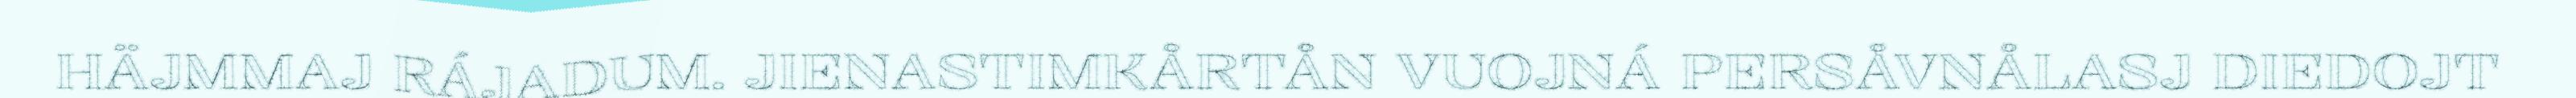
HÄJMMAJ RÁJADUM. JIENASTIMKÅRTÅN VUOJNÁ PERSÅVNÅLASJ DIEDOJT